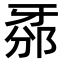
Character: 𤘊